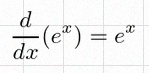
\frac{d}{dx}(e^x)=e^x